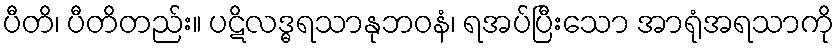
ပီတိ၊ ပီတိတည်း။ ပဋိလဒ္ဓရသာနုဘဝနံ၊ ရအပ်ပြီးသော အာရုံအရသာကို